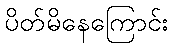
ပိတ်မိနေကြောင်း